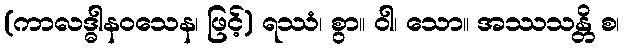
(ကာလဒ္ဓါနဝသေန၊ ဖြင့်) ရဿံ၊ စွာ။ ဝါ၊ သော။ အဿသန္တိ စ၊